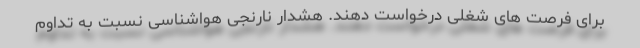
برای فرصت های شغلی درخواست دهند. هشدار نارنجی هواشناسی نسبت به تداوم